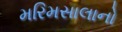
મરિમસાલાનો